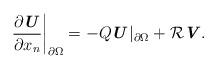
LaTeX: \begin{align*} \frac{\partial \textbf{\textit{U}}}{\partial x_n}\bigg|_{\partial \Omega}=-Q\textbf{\textit{U}}|_{\partial \Omega}+\mathcal{R}\textbf{\textit{V}}. \end{align*}